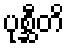
ပုစ္ဆီတိ